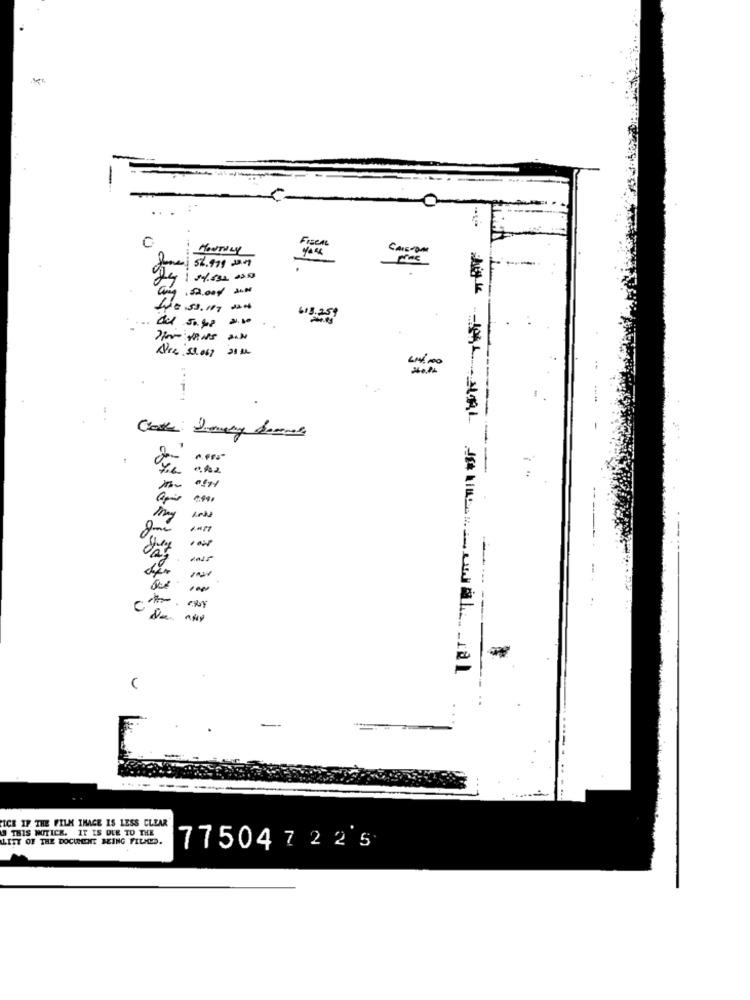
MONTHLY
FISCAL
Jones: 56.979 2009
.50,00g/ 2IN
LE 53.107 -200
413.259
Aire: 53.067
---
my
C
-
ICH IF THE FILM IMAGE IS LESS CLEAR'
LITT OF THE DOCUMENT BEING FLUGD.
THIS WOTICK. IT IS DUE TO THE
77504 7 2 2's